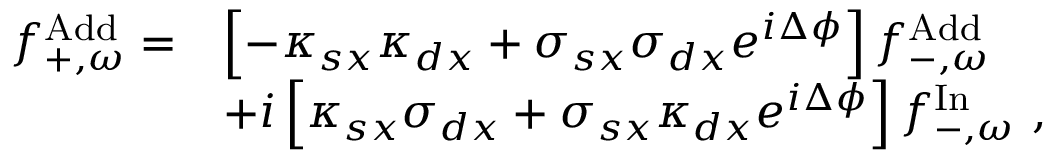
\begin{array} { r l } { f _ { + , \omega } ^ { \mathrm { A d d } } = } & { \left[ - \kappa _ { s x } \kappa _ { d x } + \sigma _ { s x } \sigma _ { d x } e ^ { i \Delta \phi } \right] f _ { - , \omega } ^ { \mathrm { A d d } } } \\ & { + i \left[ \kappa _ { s x } \sigma _ { d x } + \sigma _ { s x } \kappa _ { d x } e ^ { i \Delta \phi } \right] f _ { - , \omega } ^ { \mathrm { I n } } \ , } \end{array}